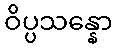
ဝိပ္ပသန္နော